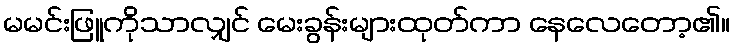
မမင်းဖြူကိုသာလျှင် မေးခွန်းများထုတ်ကာ နေလေတော့၏။